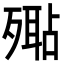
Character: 𣩚